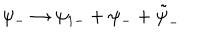
\psi _ { - } \rightarrow \psi _ { 1 - } + \psi _ { - } + \tilde { \psi } _ { - }